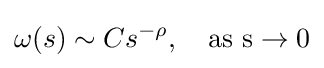
\omega (s)\sim Cs^{-\rho },\quad {\rm {{as\ }s\to 0}}